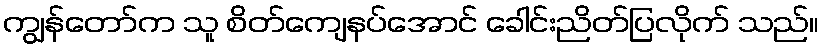
ကျွန်တော်က သူ စိတ်ကျေနပ်အောင် ခေါင်းညိတ်ပြလိုက် သည်။